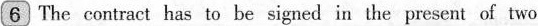
6 The contract has to be signed in the present of two